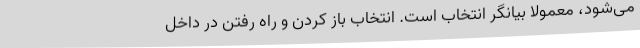
می‌شود، معمولاً بیانگر انتخاب است. انتخاب باز کردن و راه رفتن در داخل